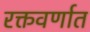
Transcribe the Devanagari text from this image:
रक्तवर्णात